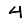
Digit: 4